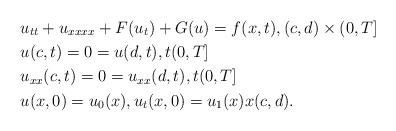
LaTeX: \begin{align*}& u_{tt} + u_{xxxx} + F(u_t) + G(u) = f(x,t), (c,d) \times (0,T] \\& u(c,t)=0=u(d,t), t (0,T] \\& u_{xx}(c,t)=0=u_{xx}(d,t), t (0,T] \\& u(x,0)=u_0(x), u_t(x,0) = u_1(x) x (c,d). \\\end{align*}